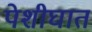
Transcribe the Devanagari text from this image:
पेशीघात